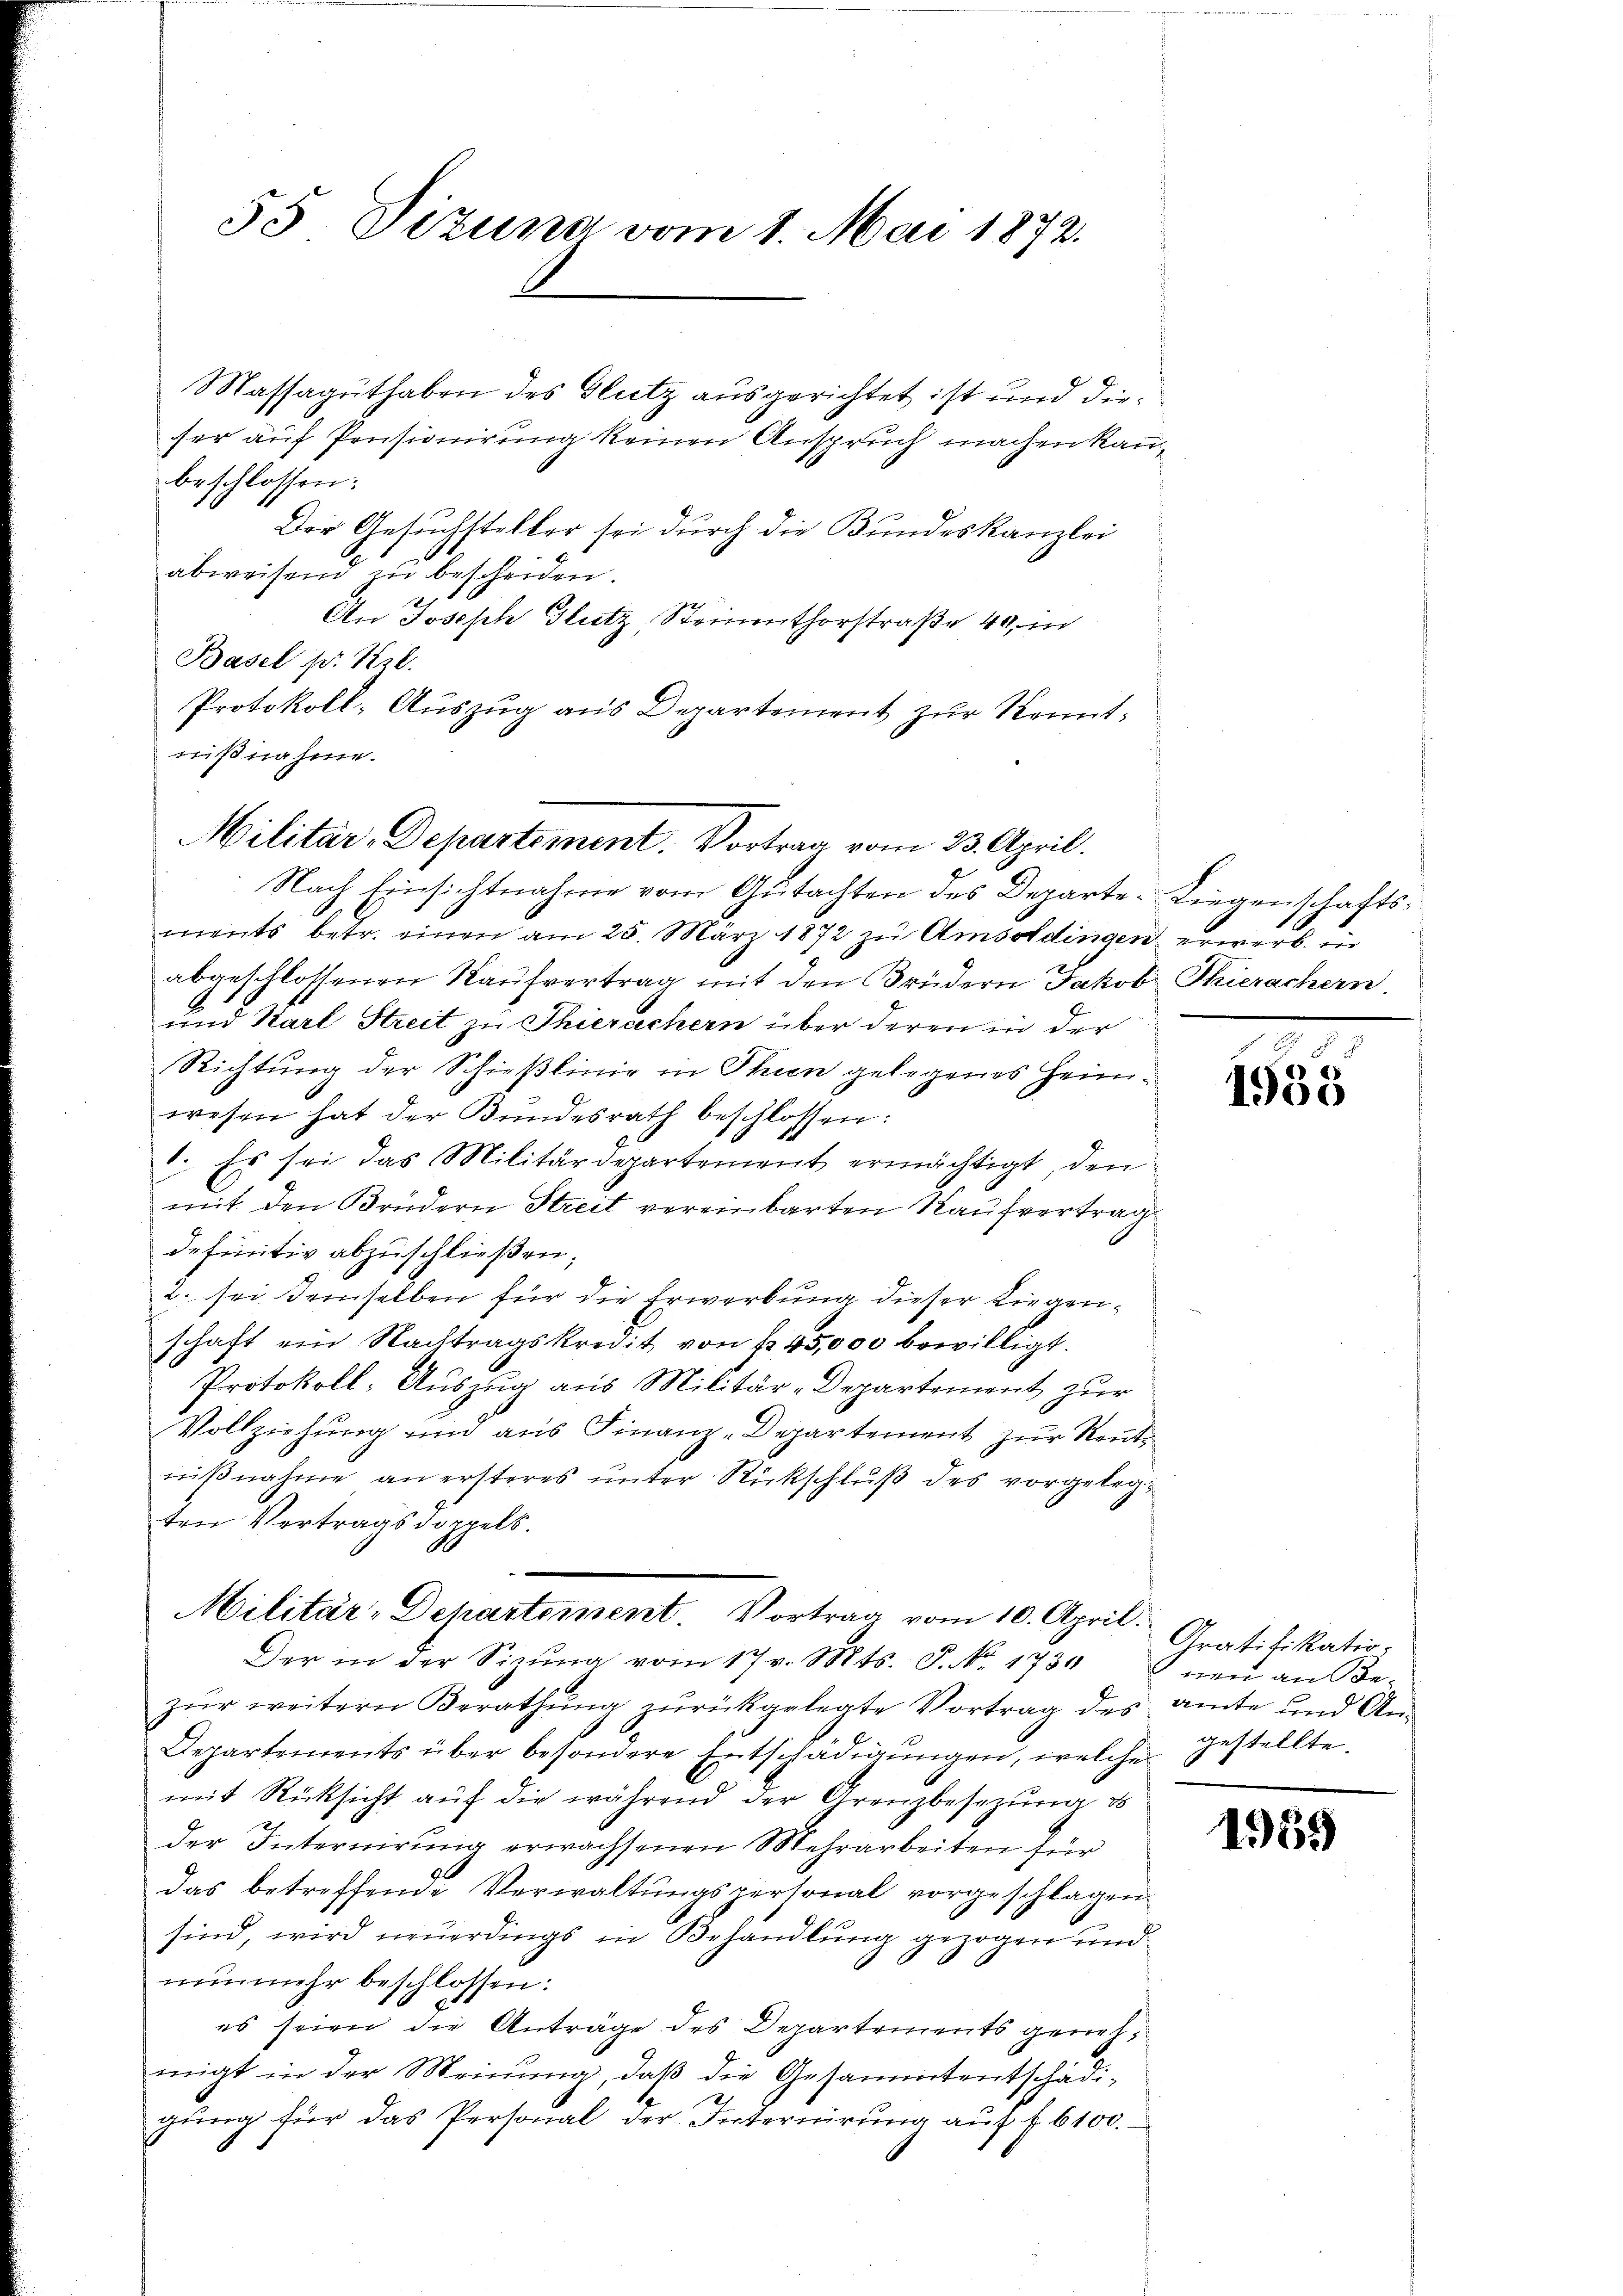
55 Dizung vom 1. Mai 1872.

Massaguthaben des Glutz ausgerichtet ist und dieser auf Pensionirung keinen Anspruch machen kanbeschlossen:
Der Gesuchsteller sei durch die Bundeskanzlei
abweisend u bescheiden.
An Joseph Glutz, Steinenthorstraße 40 in
Basel pr. Kzl.
Protokoll-Auszug aus Departement zur Kenntnißnahme.
Nach Einsichtnahme vom Gutachten des Departe Liegenschaftsments betr. einen am 25. März 1872 zu Amsoldingen erwerb in
abgeschlossenen Kaufvertrag mit den Brüdern Jakob Thierachern.
und Karl Streit zu Thierachern über deren in der
Richtung der Schießlinie in Thien gelegenes Heimwesen hat der Bundesrath beschlossen:
. Es sei das Militärdepartement ermächtigt, den
mit den Brüdern Streit vereinbarten Kaufvertrag
definitiv abzuschließen.
2. sei demselben für die Erwerbung dieser Liegenschaft ein Nachtragskredit von fr. 45,000 bewilligt.
Protokoll: Auszug aus Militär-Departement zur
Vollziehung und aus Finanz-Departement zur Rentnißnahme an ersteres unter Rückschluß des vorgelegten Vertragsdoppels.
Militär-Departement. Vortrag vom 10. April.
Der in der Sizŭng vom 17 v. Mts. S. Nr. 1730 neu an Be-
zur weitern Berathung zurückgelegte Vortrag des amte und An¬
Departements über besondere Entschädigungen, welche
mit Rücksicht aŭf die während der Grenzbesetzŭng es
der Internirung erwachsenen Mehrarbeiten für
das betreffende Verwaltungspersonal vorgeschlagen
sind, wird neuerdings in Behandlung gezogen und
nunmehr beschlossen:
es seien die Anträge des Departements genehmigt in der Meinung, daß die Gesammtentschädigung für das Personal der Internirung auf f. 6100.

Militär-Departement. Vortrag vom 23. April.

1935

Gratifikatio
gestellte.

1959